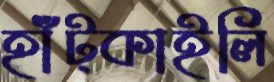
হাঁট্‌কাইলি